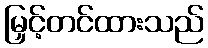
မြှင့်တင်ထားသည်